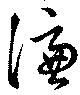
憑